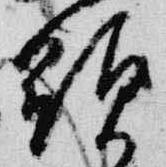
顕